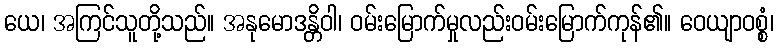
ယေ၊ အကြင်သူတို့သည်။ အနုမောဒန္တိဝါ၊ ဝမ်းမြောက်မှုလည်းဝမ်းမြောက်ကုန်၏။ ဝေယျာဝစ္စံ၊